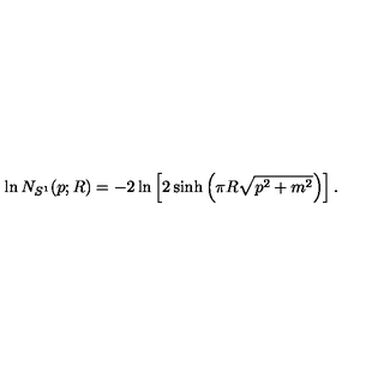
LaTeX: \ln N _ { S ^ { 1 } } ( p ; R ) = - 2 \ln \left[ 2 \sinh \left( \pi R \sqrt { p ^ { 2 } + m ^ { 2 } } \right) \right] .